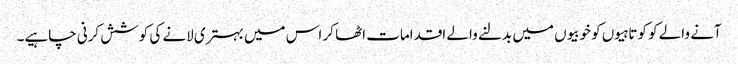
آنے والے کو کوتاہیوں کو خوبیوں میں بدلنے والے اقدامات اٹھا کر اس میں بہتری لانے کی کوشش کرنی چاہیے۔